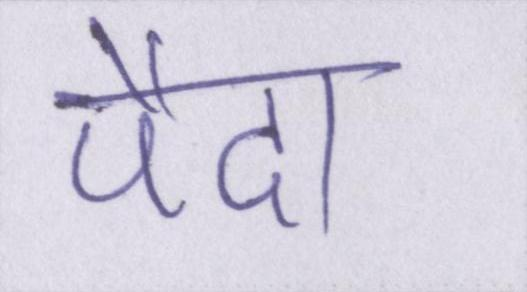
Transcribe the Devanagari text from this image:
पैदा